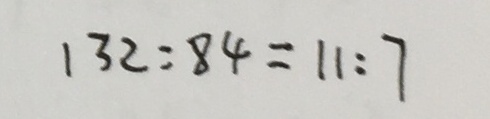
1 3 2 : 8 4 = 1 1 : 7